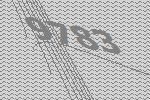
9783